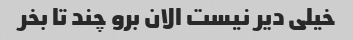
خیلی دیر نیست الان برو چند تا بخر